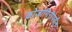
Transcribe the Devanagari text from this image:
कोजागिरीपर्यंत